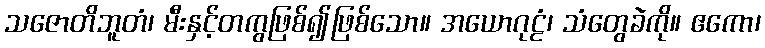
သဇောတိဘူတံ၊ မီးနှင့်တကွဖြစ်၍ဖြစ်သော။ အယောဂုဠံ၊ သံတွေခဲကို။ ဧကော၊